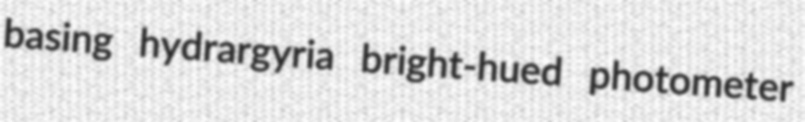
basing hydrargyria bright-hued photometer